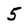
Character: 5